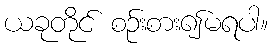
ယခုတိုင် စဉ်းစား၍မရပါ။